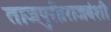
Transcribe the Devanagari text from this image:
ताजपुरी।राजवंशी